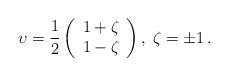
LaTeX: \begin{align*}\upsilon =\frac{1}{2}\left( \begin{array}{c}1+\zeta \\ 1-\zeta\end{array}\right) ,\;\zeta =\pm 1\,. \end{align*}